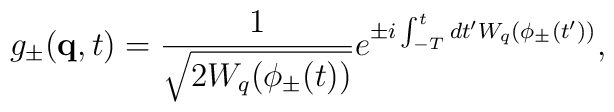
g_{\pm}({\bf q},t) = \frac{1}{\sqrt{2 W_q(\phi_{\pm}(t))}} e^{\pm i \int_{-T}^{t}  dt' W_q(\phi_{\pm}(t'))} ,